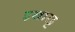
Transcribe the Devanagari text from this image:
इखारड्ट